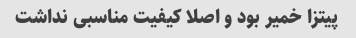
پیتزا خمیر بود و اصلا کیفیت مناسبی نداشت